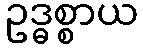
ဥဒ္ဓစ္စာယ